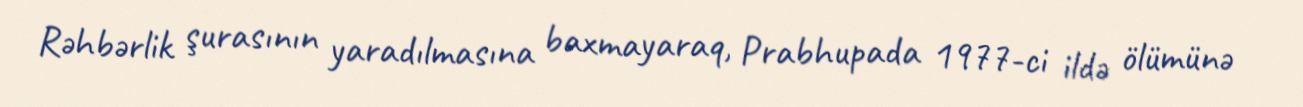
Rəhbərlik şurasının yaradılmasına baxmayaraq, Prabhupada 1977-ci ildə ölümünə